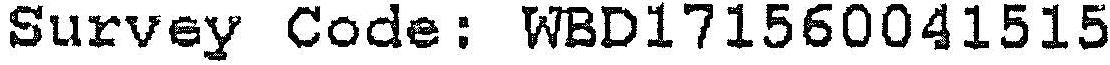
SURVEY CODE: WBD171560041515